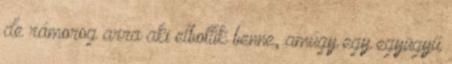
de rámorog arra aki elbotlik benne, amúgy egy együgyű